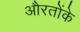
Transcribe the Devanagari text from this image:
औरतोंके